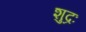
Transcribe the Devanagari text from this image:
शुद्रः